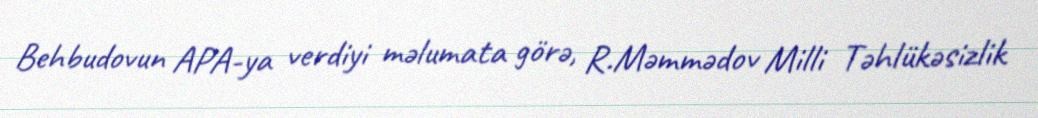
Behbudovun APA-ya verdiyi məlumata görə, R.Məmmədov Milli Təhlükəsizlik